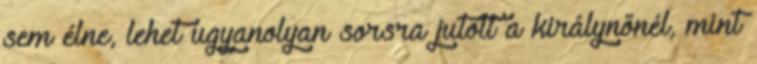
sem élne, lehet ugyanolyan sorsra jutott a királynőnél, mint